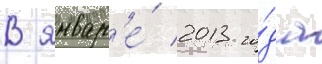
В январ'е́ 2013 го́да